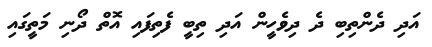
އަދި ދެންތިބި ދެ ދިވެހީން އަދި ތިބީ ފެތިފައި އޮތް ދޯނި މަތީގައި